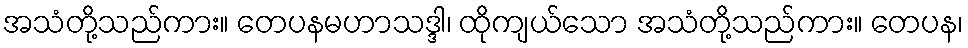
အသံတို့သည်ကား။ တေပနမဟာသဒ္ဒါ၊ ထိုကျယ်သော အသံတို့သည်ကား။ တေပန၊